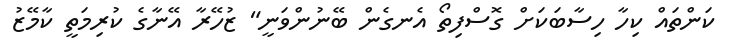
ކަންތައް ކިހާ ހިސާބަކަށް ގޮސްފިތޯ އެނގެން ބޭނުންވަނީ" ޒުހޭރާ އޭނާގެ ކުރިމަތީ ކާމޭޒު